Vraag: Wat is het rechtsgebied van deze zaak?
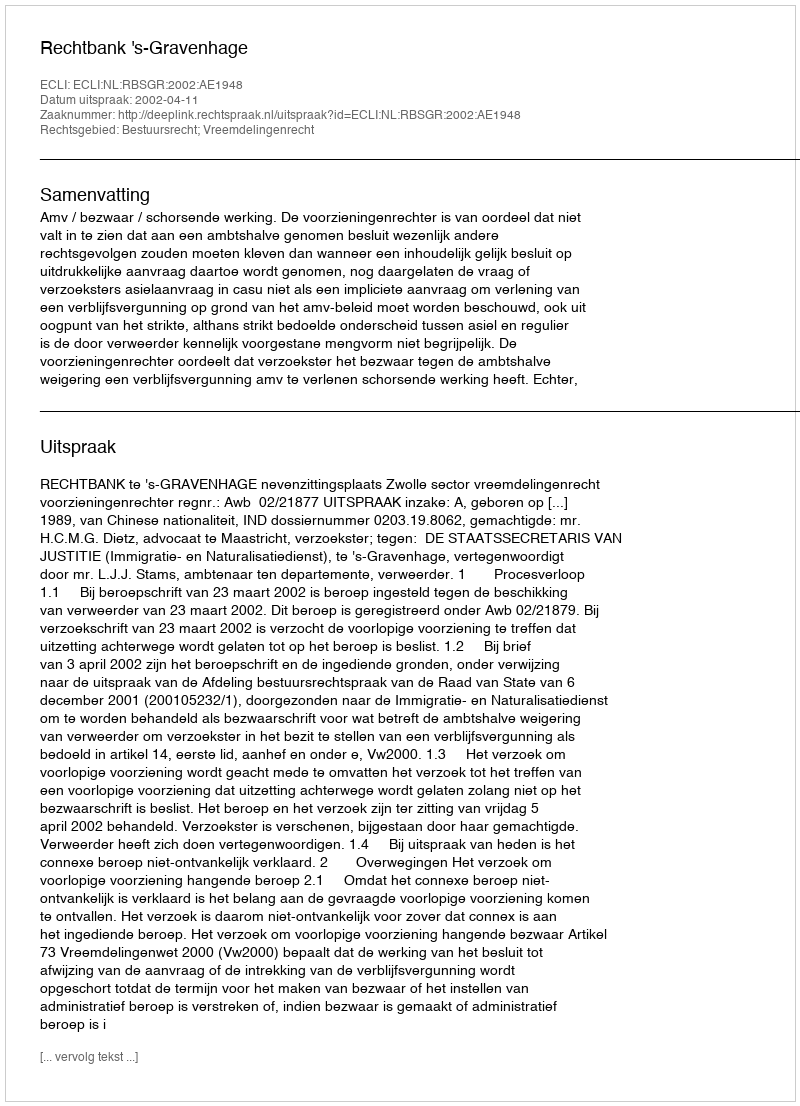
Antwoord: Bestuursrecht; Vreemdelingenrecht